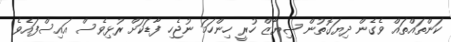
ކަންތައްތައް ވެގެން ދިޔަގޮތުން ޝިޔާޒް ހުރީ ހިންހަމަ ނުޖެހި ފާޑަކަށް ރުޅިވެސް އައިސްފައެވެ.